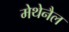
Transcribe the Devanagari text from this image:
मेथेनैल